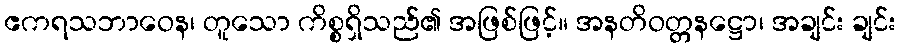
ဧကရသဘာဝေန၊ တူသော ကိစ္စရှိသည်၏ အဖြစ်ဖြင့်။ အနတိဝတ္တနဋ္ဌော၊ အချင်း ချင်း